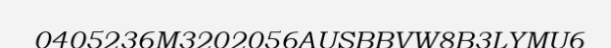
0405236M3202056AUSBBVW8B3LYMU6